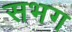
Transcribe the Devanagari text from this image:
सभग